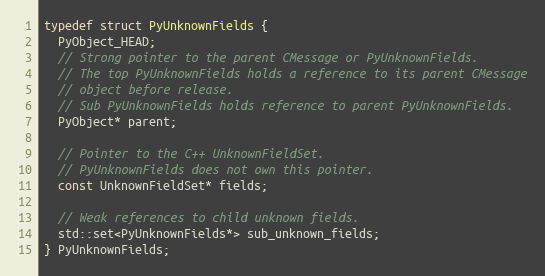
Language: C
typedef struct PyUnknownFields {
  PyObject_HEAD;
  // Strong pointer to the parent CMessage or PyUnknownFields.
  // The top PyUnknownFields holds a reference to its parent CMessage
  // object before release.
  // Sub PyUnknownFields holds reference to parent PyUnknownFields.
  PyObject* parent;

  // Pointer to the C++ UnknownFieldSet.
  // PyUnknownFields does not own this pointer.
  const UnknownFieldSet* fields;

  // Weak references to child unknown fields.
  std::set<PyUnknownFields*> sub_unknown_fields;
} PyUnknownFields;